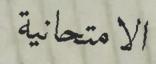
الامتحانیة